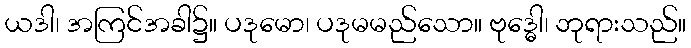
ယဒါ၊ အကြင်အခါ၌။ ပဒုမော၊ ပဒုမမည်သော။ ဗုဒ္ဓေါ၊ ဘုရားသည်။